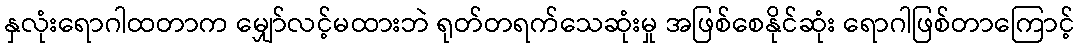
နှလုံးရောဂါထတာက မျှော်လင့်မထားဘဲ ရုတ်တရက်သေဆုံးမှု အဖြစ်စေနိုင်ဆုံး ရောဂါဖြစ်တာကြောင့်